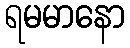
ရမမာနော